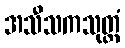
အသီသကသုတ္တံ